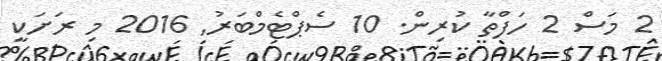
2 މަސް 2 ހަފްތާ ކުރިން. 10 ސެޕްޓެމްބަރު